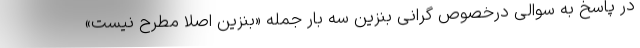
در پاسخ به سوالی درخصوص گرانی بنزین سه بار جمله «بنزین اصلا مطرح نیست»